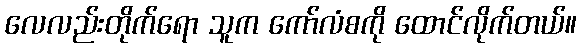
လေလည်းတိုက်ရော သူက ကော်လံစကို ထောင်လိုက်တယ်။